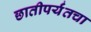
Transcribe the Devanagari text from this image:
छातीपर्यंतचा